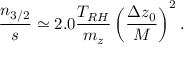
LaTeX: \frac { n _ { 3 / 2 } } { s } \simeq 2 . 0 \frac { T _ { R H } } { m _ { z } } \left( \frac { \Delta z _ { 0 } } { M } \right) ^ { 2 } .